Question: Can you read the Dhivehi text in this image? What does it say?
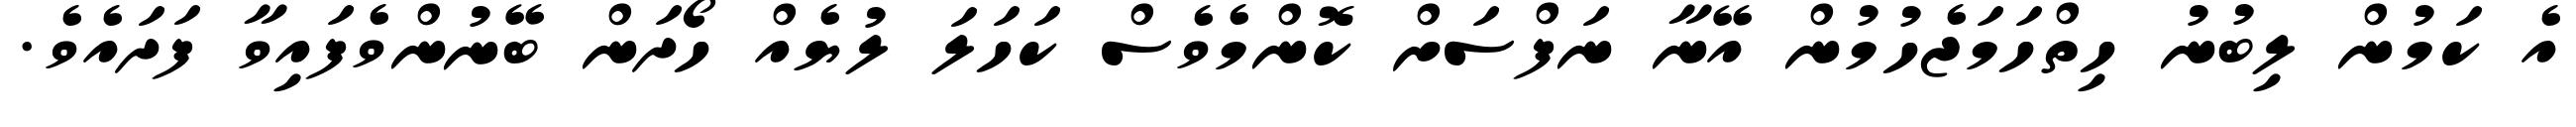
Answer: އެ ކަމުން ލިބުނު ހިތްހަމަޖެހުމުން އޭނާ ނަފްސަށް ކޮންމެވެސް ކަހަލަ ލުޔެއް ހޯދަން ބޭނުންވެފައިވާ ފަދައެވެ.